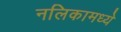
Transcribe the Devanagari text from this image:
नलिकामध्ये